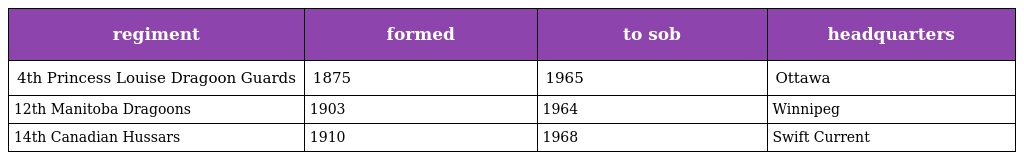
| regiment | formed | to sob | headquarters |
 | --- | --- | --- | --- |
 | 4th Princess Louise Dragoon Guards | 1875 | 1965 | Ottawa |
 | 12th Manitoba Dragoons | 1903 | 1964 | Winnipeg |
 | 14th Canadian Hussars | 1910 | 1968 | Swift Current |